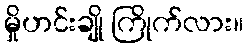
မှိုဟင်းချို ကြိုက်လား။